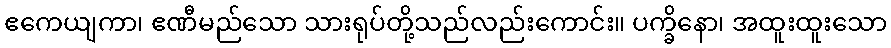
ဧကေယျကာ၊ ဧဏီမည်သော သားရုပ်တို့သည်လည်းကောင်း။ ပက္ခိနော၊ အထူးထူးသော